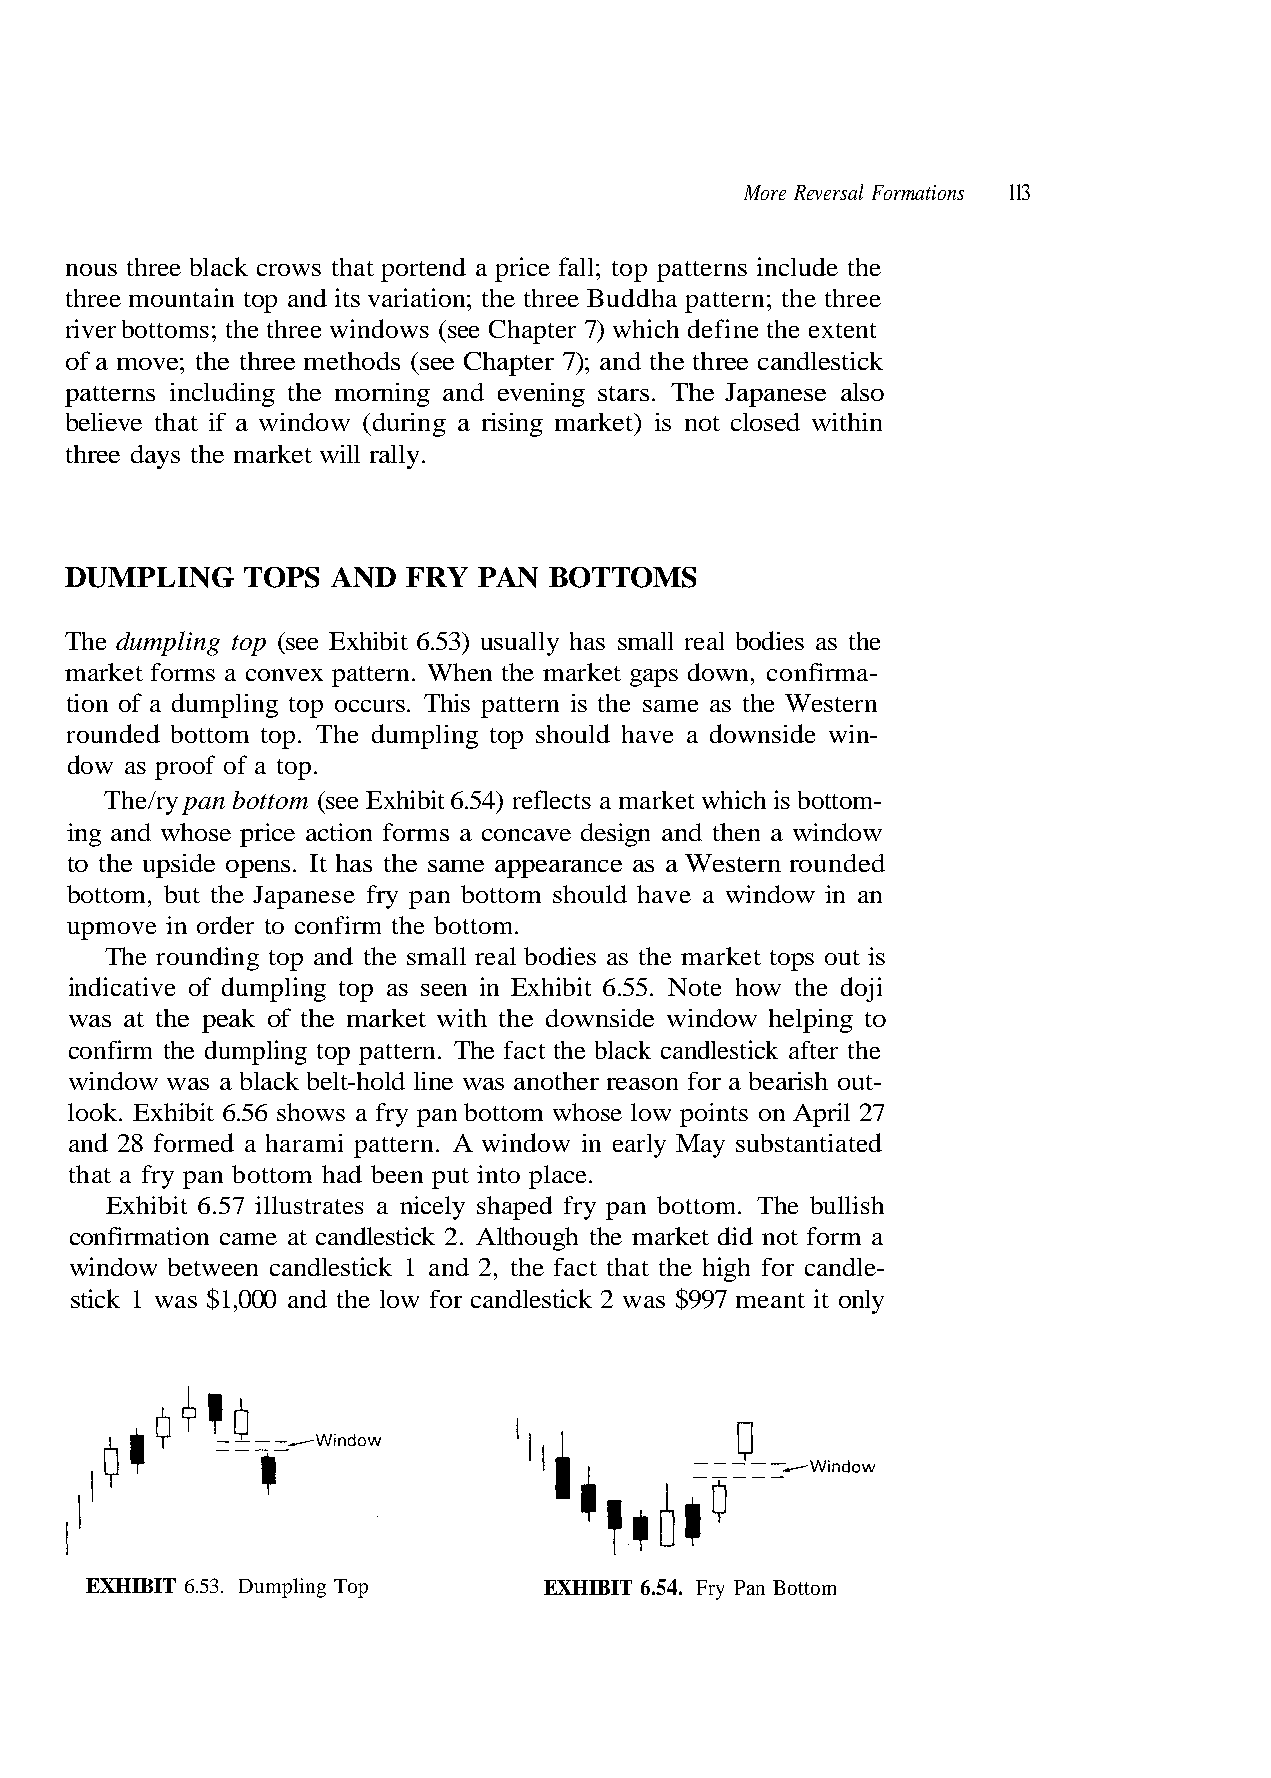
More Reversal Formations 113
 nous three black crows that portend a price fall; top patterns include the
 three mountain top and its variation; the three Buddha pattern; the three
 river bottoms; the three windows (see Chapter 7) which define the extent
 of a move; the three methods (see Chapter 7); and the three candlestick
 patterns including the morning and evening stars. The Japanese also
 believe that if a window (during a rising market) is not closed within
 rounded bottom top. The dumpling top should have a downside win-
 dow as proof of a top.
 ing and whose price action forms a concave design and then a window
 to the upside opens. It has the same appearance as a Western rounded
 upmove in order to confirm the bottom.
 The rounding top and the small real bodies as the market tops out is
 was at the peak of the market with the downside window helping to
 confirm the dumpling top pattern. The fact the black candlestick after the
 window between candlestick 1 and 2, the fact that the high for candle-
 stick 1 was $1,000 and the low for candlestick 2 was $997 meant it only
 EXHIBIT 6.54. Fry Pan Bottom p
 n r e
 o
 t s e
 T
 W e h
 g
 t s
 n
 a e
 -
 i
 m
 m
 l
 o
 a
 t
 p
 t
 s
 o b
 e
 m
 h
 s i
 t
 h
 ma-
 is
 hic
 an
 u
 wn, confir
 pattern
 market w
 window in
 the doji
 D
 as the
 gaps do
 This
 cts a
 have a
 ote how
 3.
 three days the market will rally.
 DUMPLING TOPS AND FRY PAN BOTTOMS
 The dumpling top (see Exhibit 6.53) usually has small real bodies
 market forms a convex pattern. When the market
 tion of a dumpling top occurs.
 he/ry pan bottom (see Exhibit 6.54) refle
 bottom, but the Japanese fry pan bottom should
 indicative of dumpling top as seen in Exhibit 6.55. N
 window was a black belt-hold line was another reason for a bearish out-
 look. Exhibit 6.56 shows a fry pan bottom whose low points on April 27
 and 28 formed a harami pattern. A window in early May substantiated
 that a fry pan bottom had been put into place.
 bit 6.57 illustrates a nicely shaped fry pan bottom. The bullish
 confirmation came at candlestick 2. Although the market did not form a
 EXHIBIT 6.5
 T
 xhi E